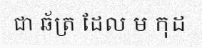
ជា ឆ័ត្រ ដែល ម កុដ